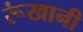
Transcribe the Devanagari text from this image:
रूंखानी